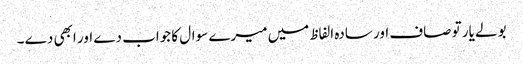
بولے یار تو صاف اور سادہ الفاظ میں میرے سوال کا جواب دے اور ابھی دے ۔